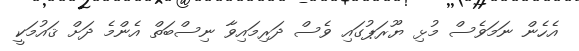
އެހެން ނަމަވެސް މުޅި ޔޫރަޕުގައި ވެސް ދަރިމައިވާ ނިސްބަތް އެންމެ ދަށް ޤައުމަކީ